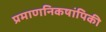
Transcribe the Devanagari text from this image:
प्रमाणनिकषांपिकी